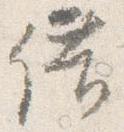
借